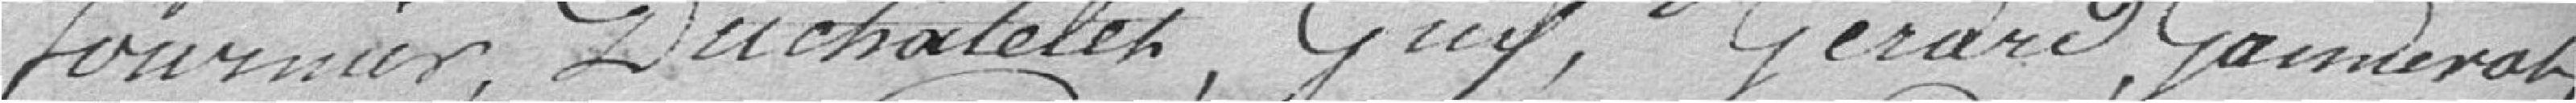
Fournier, Duchatelet , Guy , Gérard , Gauderat ,